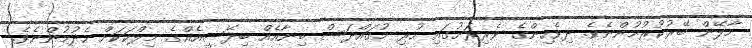
މާލޭން ބޭރުކުރުމުންނެވެ. ދިވެހިންގެ ވެރިރަށުގައި ހުރި މުގައްދަސް ބިނާއެއް ބިދޭސީއެއްގެ މިލްކަކަށް ހެދުމުންނެވެ.